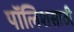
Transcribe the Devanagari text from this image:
पॉलिशसाठी